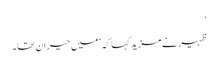
‘
ظہیر نے مزید کہا کہ ’میں حیران تھا۔